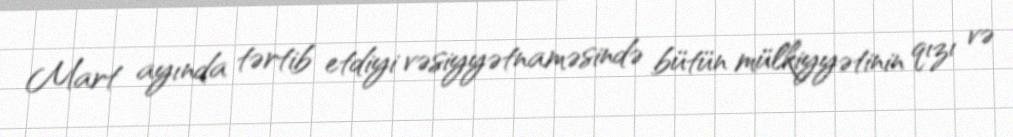
Mart ayında tərtib etdiyi vəsiyyətnaməsində bütün mülkiyyətinin qızı və